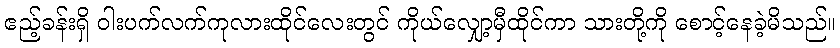
ဧည့်ခန်းရှိ ဝါးပက်လက်ကုလားထိုင်လေးတွင် ကိုယ်လျှော့မှီထိုင်ကာ သားတို့ကို စောင့်နေခဲ့မိသည်။